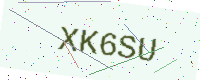
Text: XK6SU